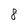
Character: 8